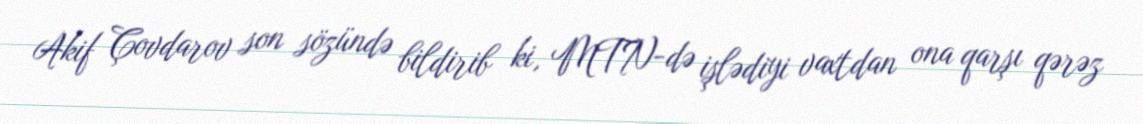
Akif Çovdarov son sözündə bildirib ki, MTN-də işlədiyi vaxtdan ona qarşı qərəz